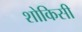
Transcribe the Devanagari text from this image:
शोकिसी